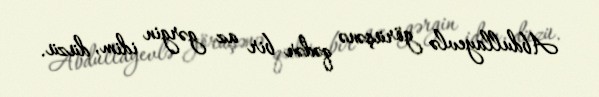
Abdullayevlə görüşənə qədər bir az gərgin idim, düzü.